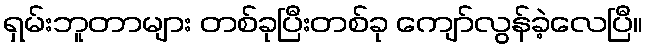
ရှမ်းဘူတာများ တစ်ခုပြီးတစ်ခု ကျော်လွန်ခဲ့လေပြီ။